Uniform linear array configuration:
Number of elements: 64
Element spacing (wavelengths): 1
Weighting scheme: uniform
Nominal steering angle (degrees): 0
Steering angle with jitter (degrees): -0.008577
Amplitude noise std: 0.05
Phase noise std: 0.05

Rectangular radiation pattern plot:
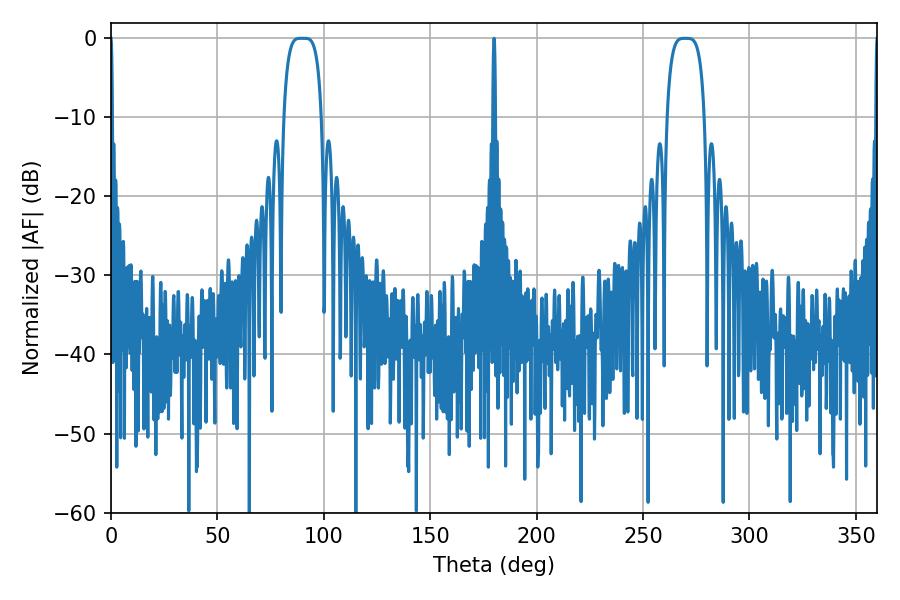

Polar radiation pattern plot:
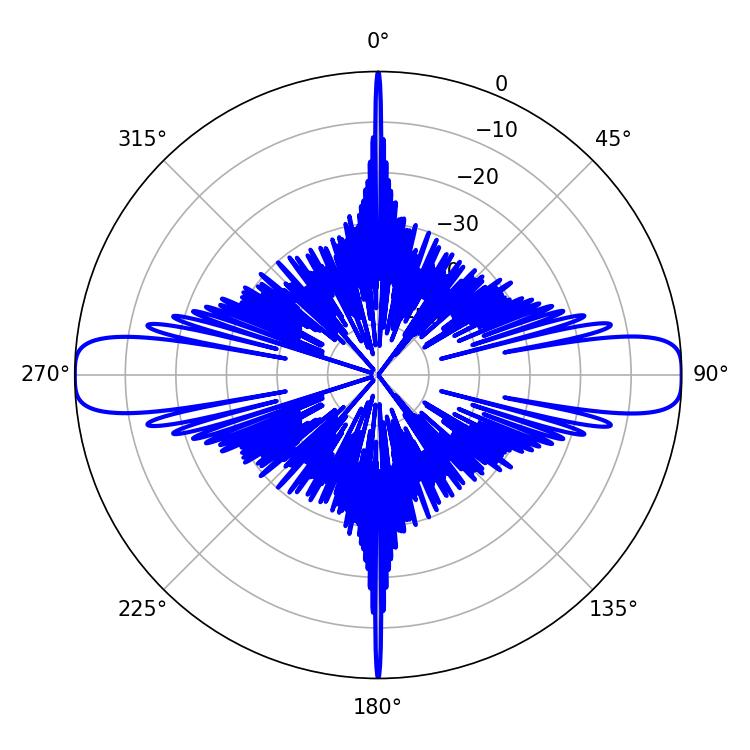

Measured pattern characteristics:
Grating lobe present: TRUE
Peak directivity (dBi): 26.555
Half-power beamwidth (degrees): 13.32
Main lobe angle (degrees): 89.1